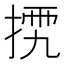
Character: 𢮴